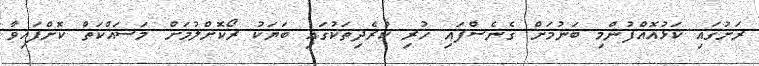
ރަށުގައި ކަޅުއޮއްފުންމި ބަނުމަށް ގެނެސްފައި ހުރި ކުރެދިތަކުގައި ބަޔަކު ރޯކޮށްލުމަށް މަސައްކަތް ކޮށްފައިވާ